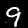
Label: 9